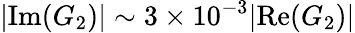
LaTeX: |\mathrm{Im}(G_{2})|\sim 3\times 10^{-3}|\mathrm{Re}(G_{2})|